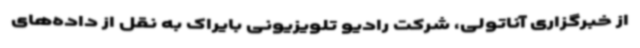
از خبرگزاری آناتولی، شرکت رادیو تلویزیونی بایراک به نقل از داده‌های